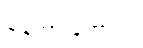
ချန်ထားခဲ့တာပါ။